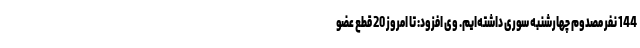
144 نفر مصدوم چهارشنبه سوری داشته‌ایم. وی افزود: تا امروز 20 قطع عضو